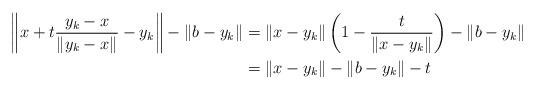
LaTeX: \begin{align*}\left\|x + t\frac{y_k-x}{\|y_k-x\|} - y_k \right\| - \|b-y_k\| &= \| x - y_k \| \left( 1 - \frac{t}{\|x-y_k\|} \right) - \|b-y_k\| \\ &= \|x - y_k \| - \|b-y_k \| - t\end{align*}